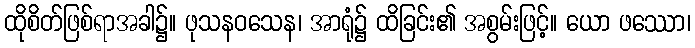
ထိုစိတ်ဖြစ်ရာအခါ၌။ ဖုသနဝသေန၊ အာရုံ၌ ထိခြင်း၏ အစွမ်းဖြင့်။ ယော ဖဿော၊